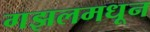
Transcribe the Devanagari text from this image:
गझलमधून